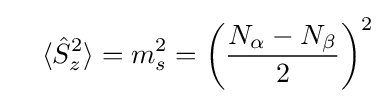
\quad \langle {\hat {S}}_{z}^{2}\rangle =m_{s}^{2}=\left({\frac {N_{\alpha }-N_{\beta }}{2}}\right)^{2}